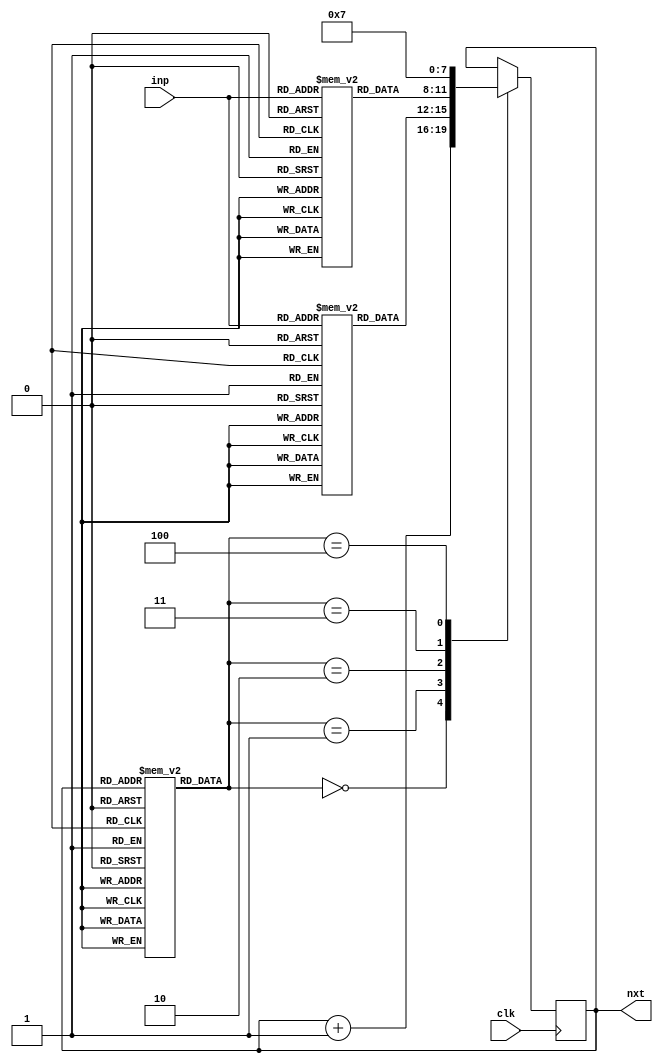
module fsm(clk, inp, nxt);
    input clk;
    input[1:0] inp;
    
    reg[3:0] curr = 4'b0000;

    output[3:0] nxt;
    reg[3:0] nxt;

    reg [3:0] MROM[12:0];
    reg [3:0] DROM_3[3:0];  //DROM for state 3.
    reg [3:0] DROM_10[3:0]; //DROM for state 10.

    initial begin
        DROM_3[0] = 4'b0100;
        DROM_3[1] = 4'b0101;
        DROM_3[2] = 4'b0110;
        DROM_3[3] = 4'b0110;
        DROM_10[0] = 4'b1011;
        DROM_10[1] = 4'b1100;
        DROM_10[2] = 4'b1100;
        DROM_10[3] = 4'b1100;
        MROM[0] = 3'b000;
        MROM[1] = 3'b000;
        MROM[2] = 3'b000;
        MROM[3] = 3'b001;
        MROM[4] = 3'b100;
        MROM[5] = 3'b100;
        MROM[6] = 3'b000;
        MROM[7] = 3'b000;
        MROM[8] = 3'b000;
        MROM[9] = 3'b000;
        MROM[10] = 3'b010;
        MROM[11] = 3'b011;
        MROM[12] = 3'b011;
    end

    always @(posedge clk) begin
        case(MROM[curr])
            3'b000 : curr <= curr + 1;
            3'b001 : curr <= DROM_3[inp];
            3'b010 : curr <= DROM_10[inp];
            3'b011 : curr <= 4'b0000;
            3'b100 : curr <= 4'b0111;
        endcase
    end
    
    always @(curr) begin
        nxt <= #2 curr;
    end
endmodule